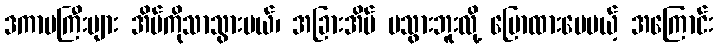
ဒကာမကြီးများ အိမ်ကိုသာသွားမယ်၊ အခြားအိမ် မသွားဘူးလို့ ပြောထားပေမယ့် အကြောင်း